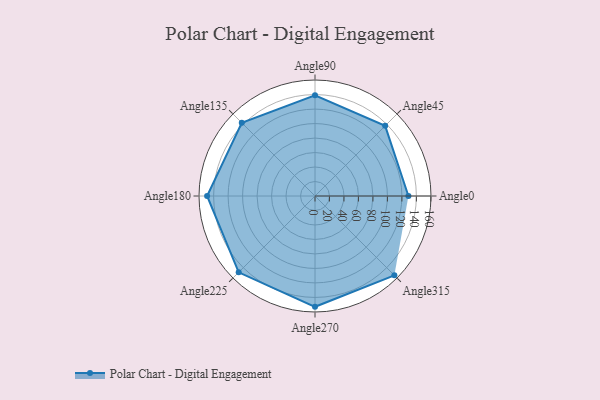
{"axis": {"x": "Angle", "y": "Radius"}, "legend": [""], "data": [{"x": "Angle0", "y": 129.0, "type": ""}, {"x": "Angle45", "y": 137.0, "type": ""}, {"x": "Angle90", "y": 139.0, "type": ""}, {"x": "Angle135", "y": 143.0, "type": ""}, {"x": "Angle180", "y": 149.0, "type": ""}, {"x": "Angle225", "y": 149.0, "type": ""}, {"x": "Angle270", "y": 153.0, "type": ""}, {"x": "Angle315", "y": 155.0, "type": ""}]}